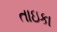
તાઇકા